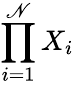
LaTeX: \prod_{i=1}^{\mathscr{N}}X_{i}